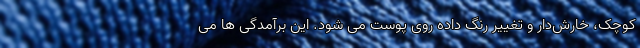
کوچک، خارش‌دار و تغییر رنگ داده روی پوست می شود. این برآمدگی ها می